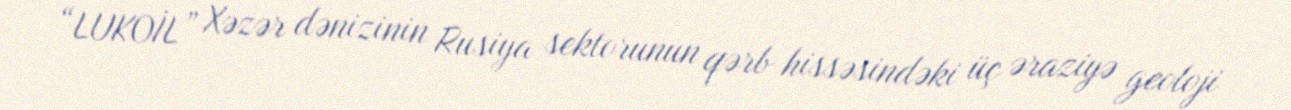
“LUKOİL” Xəzər dənizinin Rusiya sektorunun qərb hissəsindəki üç əraziyə geoloji